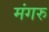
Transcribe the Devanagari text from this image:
मंगरु